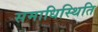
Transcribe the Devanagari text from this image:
समाधिस्थिति